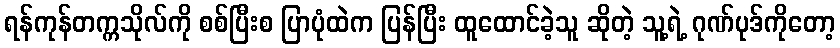
ရန်ကုန်တက္ကသိုလ်ကို စစ်ပြီးစ ပြာပုံထဲက ပြန်ပြီး ထူထောင်ခဲ့သူ ဆိုတဲ့ သူ့ရဲ့ ဂုဏ်ပုဒ်ကိုတော့